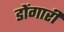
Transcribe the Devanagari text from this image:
डोंगारी